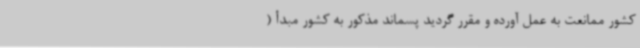
کشور ممانعت به عمل آورده و مقرر گردید پسماند مذکور به کشور مبدأ (